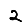
Digit: 2